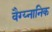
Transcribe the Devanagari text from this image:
वैग्य्नानिक